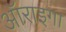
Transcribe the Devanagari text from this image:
ऑराइगा